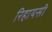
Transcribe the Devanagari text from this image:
रिहायसी